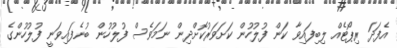
އެފަދަ ރިޕޯޓެއް ލިބިފައިވާ ކަން ފުލުހުން ކަށަވަރުކޮށްދިން ނަމަވެސް ފުލުހުން ބުނެފައިވަނީ ފުލުހުންގެ